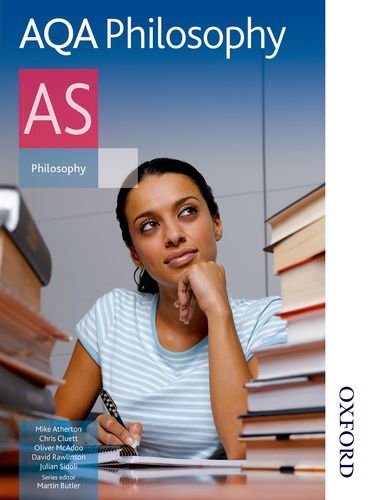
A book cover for AQA Philosophy AS; Chris Cluett; Teen & Young Adult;